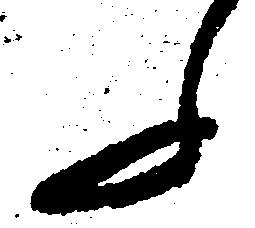
ふ